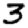
Digit: 3